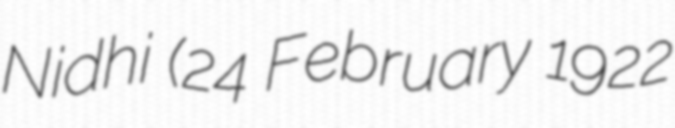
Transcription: Nidhi (24 February 1922